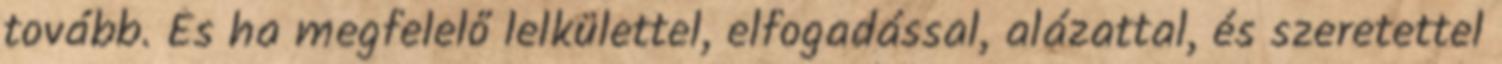
tovább. És ha megfelelő lelkülettel, elfogadással, alázattal, és szeretettel